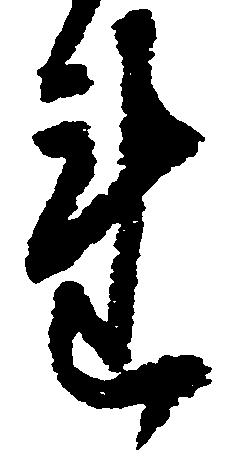
連